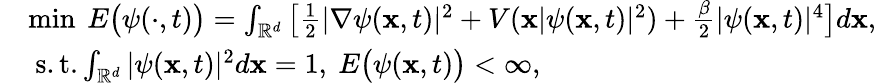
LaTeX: \begin{array}{rl}&{\operatorname*{min}~E\big(\psi(\cdot,t)\big)=\int_{\mathbb{R}^{d}}\big[\frac{1}{2}|\nabla\psi(\mathbf{x},t)|^{2}+V(\mathbf{x}|\psi(\mathbf{x},t)|^{2})+\frac{\beta}{2}|\psi(\mathbf{x},t)|^{4}\big]d\mathbf{x},}\\ &{~\mathrm{s.t.}\int_{\mathbb{R}^{d}}|\psi(\mathbf{x},t)|^{2}d\mathbf{x}=1,~E\big(\psi(\mathbf{x},t)\big)<\infty,}\end{array}